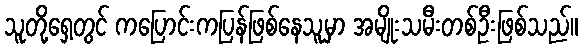
သူတို့ရှေ့တွင် ကပြောင်းကပြန်ဖြစ်နေသူမှာ အမျိုးသမီးတစ်ဦးဖြစ်သည်။